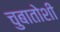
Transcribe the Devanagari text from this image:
चुबातोशी